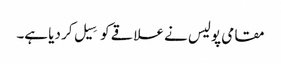
مقامی پولیس نے علاقے کو سِیل کر دیا ہے۔